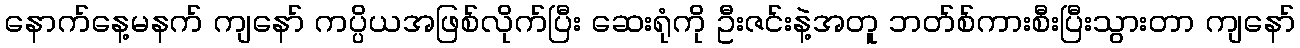
နောက်နေ့မနက် ကျနော် ကပ္ပိယအဖြစ်လိုက်ပြီး ဆေးရုံကို ဦးဇင်းနဲ့အတူ ဘတ်စ်ကားစီးပြီးသွားတာ ကျနော်